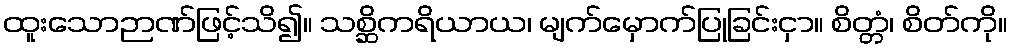
ထူးသောဉာဏ်ဖြင့်သိ၍။ သစ္ဆိကရိယာယ၊ မျက်မှောက်ပြုခြင်းငှာ။ စိတ္တံ၊ စိတ်ကို။